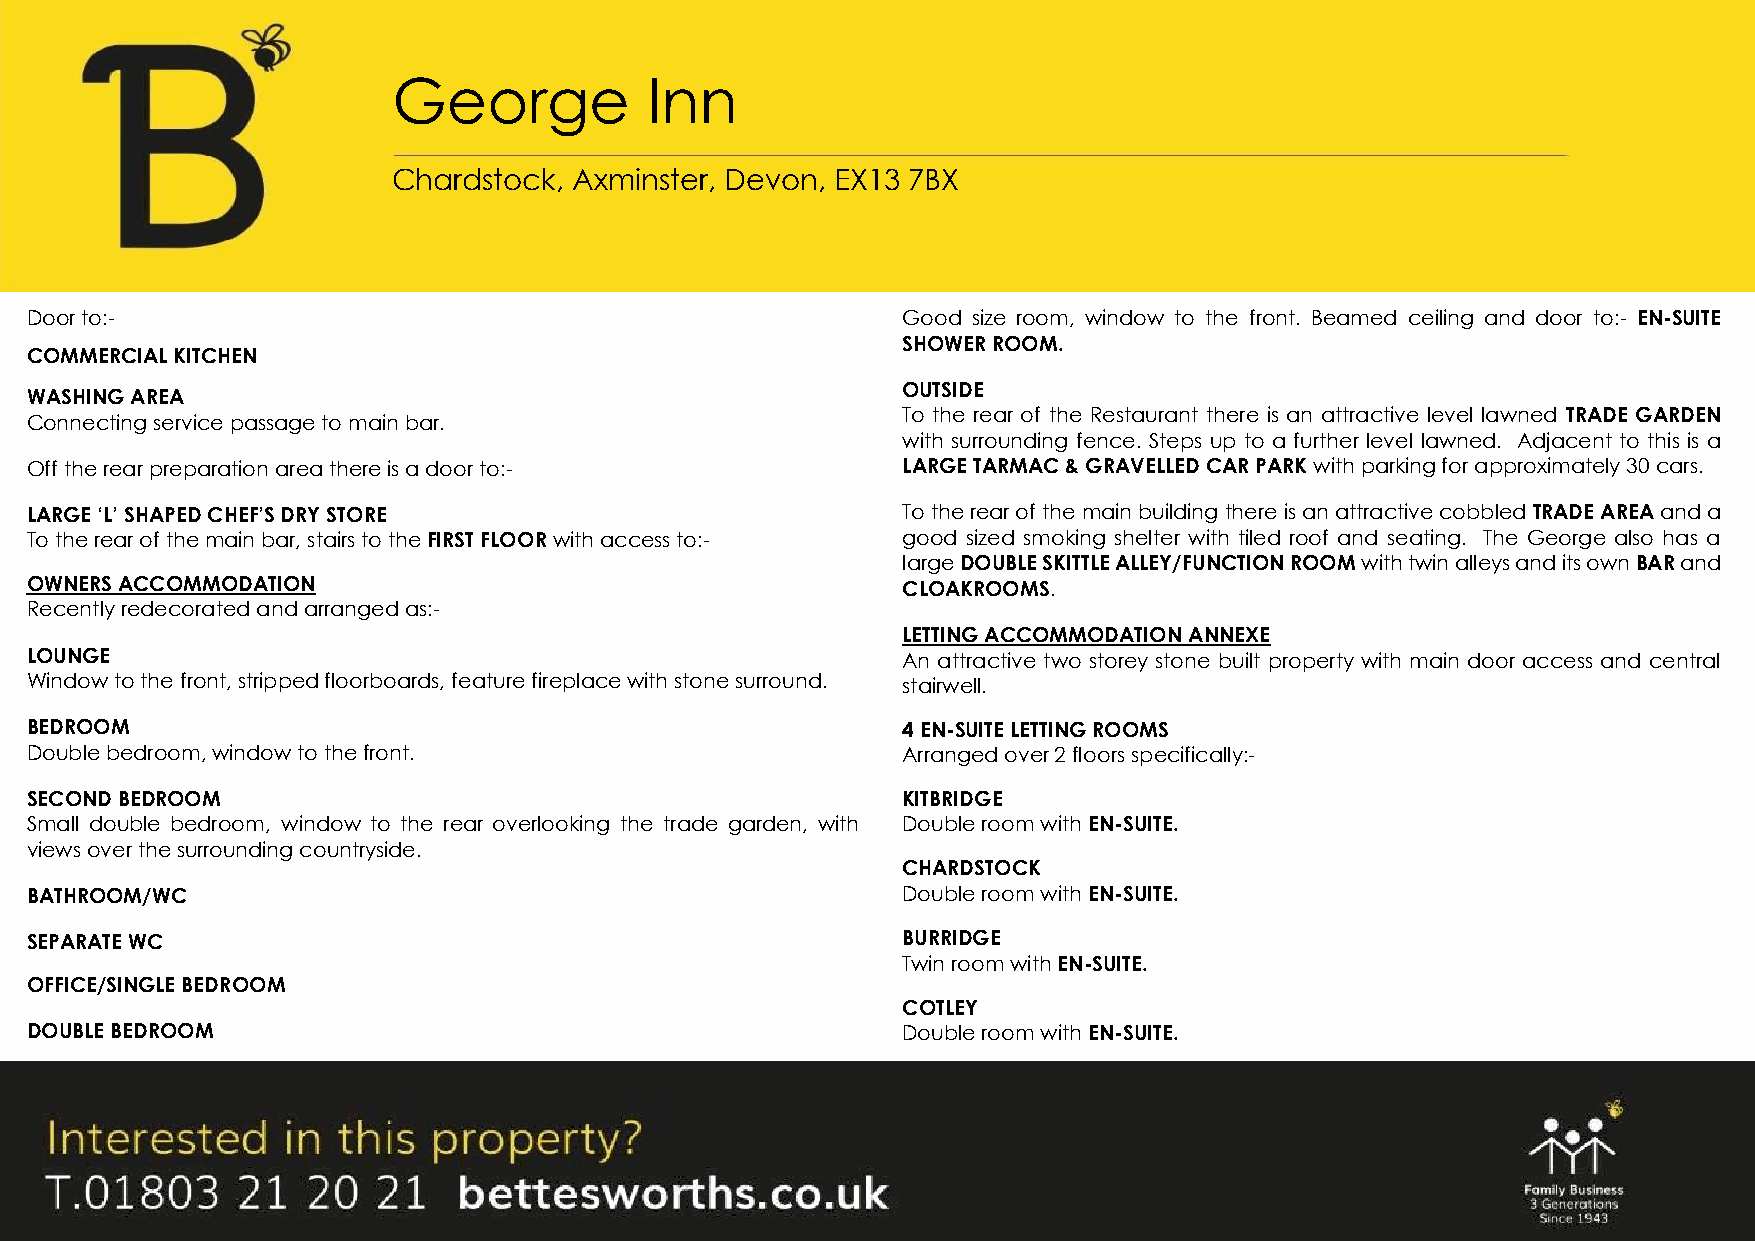
George           Inn
 Chardstock, Axminster, Devon, EX13 7BX
 Door to:-                                                 Good size room, window to the front. Beamed ceiling and door to:- EN-SUITE
 SHOWER ROOM.
 COMMERCIAL KITCHEN
 OUTSIDE
 WASHING AREA
 To the rear of the Restaurant there is an attractive level lawned TRADE GARDEN
 Connecting service passage to main bar.
 with surrounding fence. Steps up to a further level lawned. Adjacent to this is a
 Off the rear p reparation area there is a door to:-       LARGE TARMAC & GRAVELLED CAR PARK with parking for approximately 30 cars.
 LARGE ‘L’ SHA PED CHEF’S DRY STORE                        To the rear of the main building there is an attractive cobbled TRADE AREA and a
 To the rear of the main bar, stairs to the FIRST FLOOR with access to:- good sized smoking shelter with tiled roof and seating. The George also has a
 large DOUBLE SKITTLE ALLEY/FUNCTION ROOM with twin alleys and its own BAR and
 OWNERS ACCOMMODATION                                      CLOAKROOMS.
 Recently red ecorated and arranged as:-
 LETTING ACCOMMODATION ANNEXE
 LOUNGE                                                    An attractive two storey stone built property with main door access and central
 Window to the front, stripped floorboards, feature fireplace with stone surround. stairwell.
 BEDROOM                                                   4 EN-SUITE LETTING ROOMS
 Double bedr oom, window to the front.                     Arranged over 2 floors specifically:-
 SECOND BED ROOM                                           KITBRIDGE
 Small double bedroom, window to the rear overlooking the trade garden, with Double room with EN-SUITE.
 views over th e surrounding countryside.
 CHARDSTOCK
 BATHROOM/ WC                                              Double room with EN-SUITE.
 SEPARATE WC                                               BURRIDGE
 Twin room with EN-SUITE.
 OFFICE/SING LE BEDROOM
 COTLEY
 DOUBLE BEDR OOM                                           Double room with EN-SUITE.